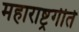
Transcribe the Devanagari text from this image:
महाराष्ट्रगीते